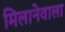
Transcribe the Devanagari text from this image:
मिलानेवाला